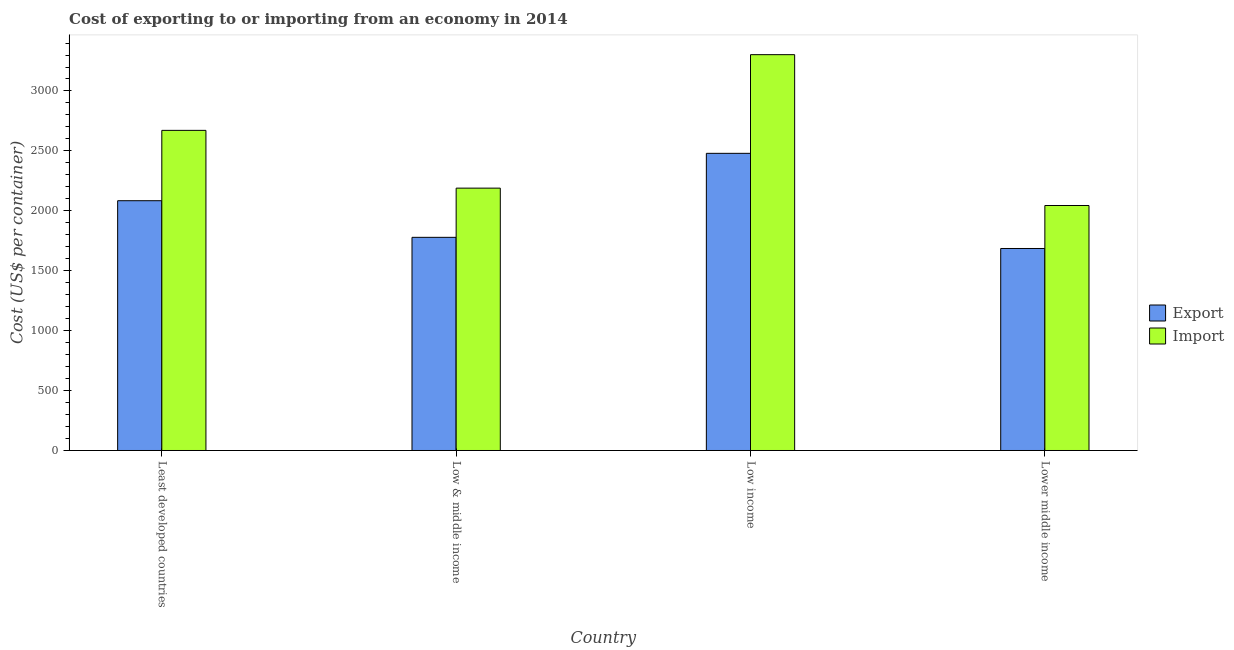
| Country | Export | Import |
 | --- | --- | --- |
 | Least developed countries | 2.08e+03 | 2.67e+03 |
 | Low & middle income | 1.78e+03 | 2.19e+03 |
 | Low income | 2.48e+03 | 3.3e+03 |
 | Lower middle income | 1.69e+03 | 2.04e+03 |